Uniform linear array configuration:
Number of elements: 24
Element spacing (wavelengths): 0.25
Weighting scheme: hann
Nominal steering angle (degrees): -60
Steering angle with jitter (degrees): -60.448
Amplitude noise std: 0.05
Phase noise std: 0.05

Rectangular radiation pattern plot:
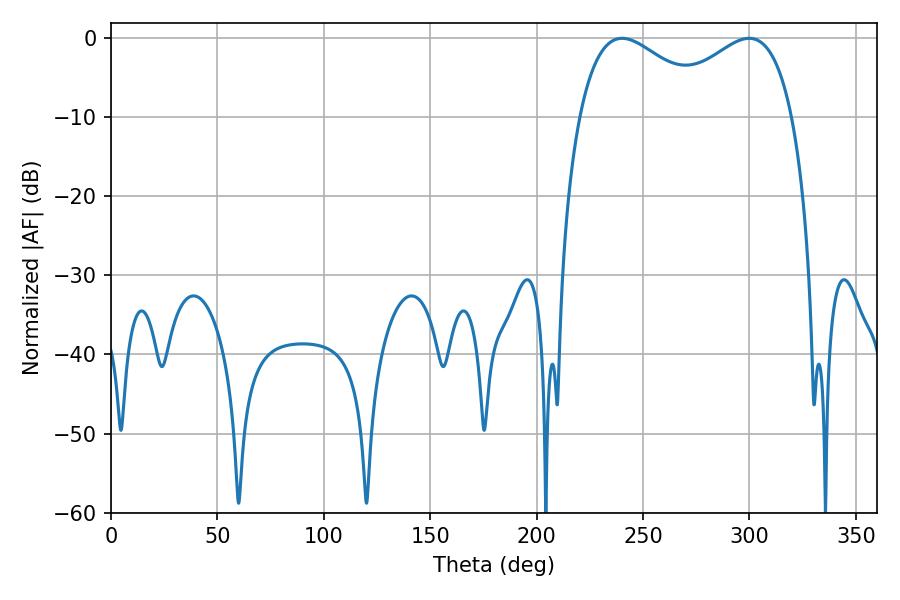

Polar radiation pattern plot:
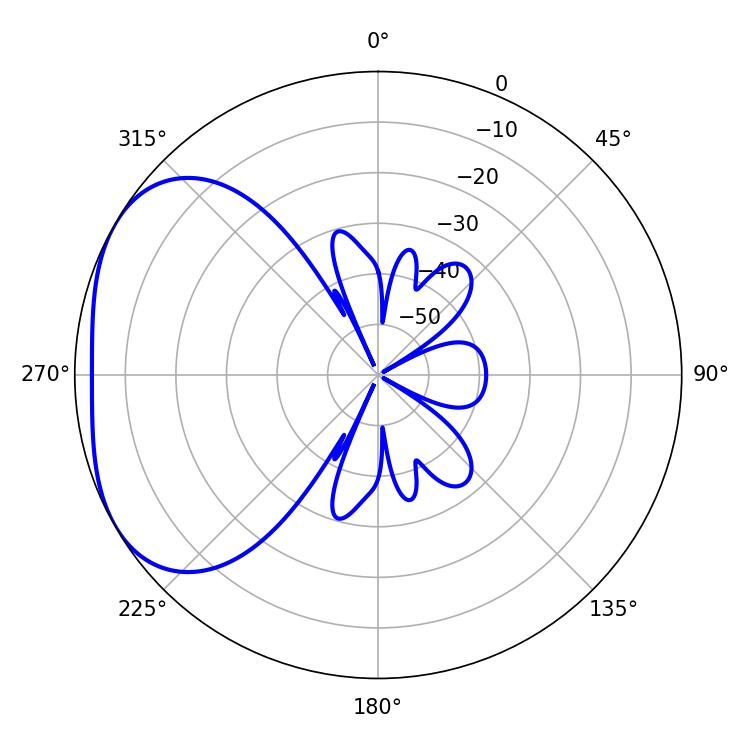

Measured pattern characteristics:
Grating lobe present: FALSE
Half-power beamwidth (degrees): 35.1
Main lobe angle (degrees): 240.12